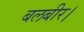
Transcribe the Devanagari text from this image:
बलबीर।